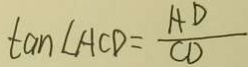
\tan \angle A C D = \frac { A D } { C D }